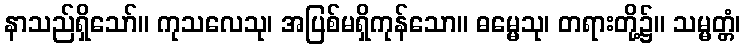
နာသည်ရှိသော်။ ကုသလေသု၊ အပြစ်မရှိကုန်သော။ ဓမ္မေသု၊ တရားတို့၌။ သမ္မတ္တံ၊